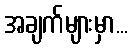
အချက်များမှာ...